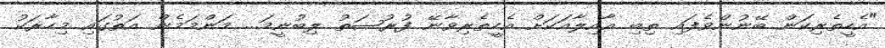
"އެހީތެރިކަން ބޭނުންވެފައި ތިބި ޢާއިލާއަކަށް އެހީތެރިވާނޭ ފުރުޞަތު ލިބުނީމަ... މަންމަމެން އަތުގައި މިހާރަކު